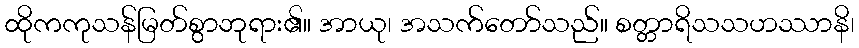
ထိုကကုသန်မြတ်စွာဘုရား၏။ အာယု၊ အသက်တော်သည်။ စတ္တာရိသသဟဿာနိ၊